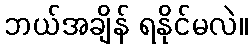
ဘယ်အချိန် ရနိုင်မလဲ။